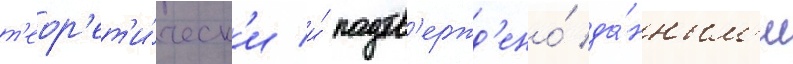
т'еор'ет'и́ческ'и и́ подтв'ержд'ено́ да́нным'и